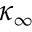
\kappa _ { \infty }